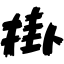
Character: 掛